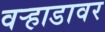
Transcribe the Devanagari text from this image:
वर्‍हाडावर